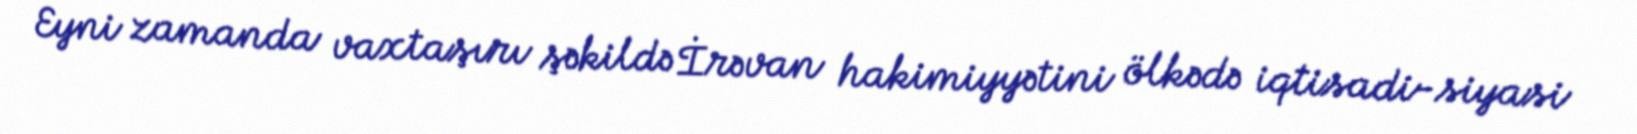
Eyni zamanda vaxtaşırı şəkildə İrəvan hakimiyyətini ölkədə iqtisadi-siyasi